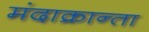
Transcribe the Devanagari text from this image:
मंदाक्रान्ता